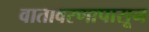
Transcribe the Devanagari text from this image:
वातावरणापासून